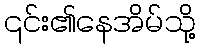
၎င်း၏နေအိမ်သို့